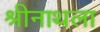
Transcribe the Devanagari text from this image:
श्रीनाथला